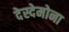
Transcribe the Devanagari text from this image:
देस्देमोना